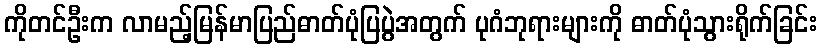
ကိုတင်ဦးက လာမည့်မြန်မာပြည်ဓာတ်ပုံပြပွဲအတွက် ပုဂံဘုရားများကို ဓာတ်ပုံသွားရိုက်ခြင်း